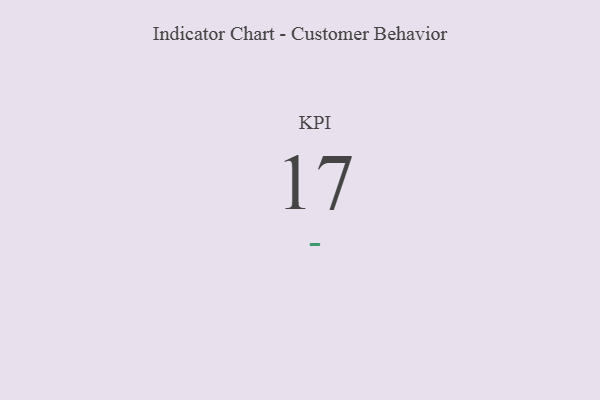
{"axis": {"x": "KPI", "y": "Value"}, "legend": [""], "data": [{"x": "KPI", "y": 17, "type": ""}]}